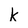
Character: k